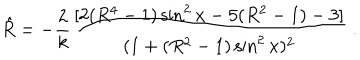
LaTeX: { \hat { R } } = - { \frac { 2 } { k } } { \frac { [ 2 ( R ^ { 4 } - 1 ) \sin ^ { 2 } x - 5 ( R ^ { 2 } - 1 ) - 3 ] } { ( 1 + ( R ^ { 2 } - 1 ) \sin ^ { 2 } x ) ^ { 2 } } } \; .